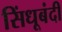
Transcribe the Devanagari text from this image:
सिंधूबंदी